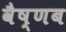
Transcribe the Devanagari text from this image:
वैष्णब